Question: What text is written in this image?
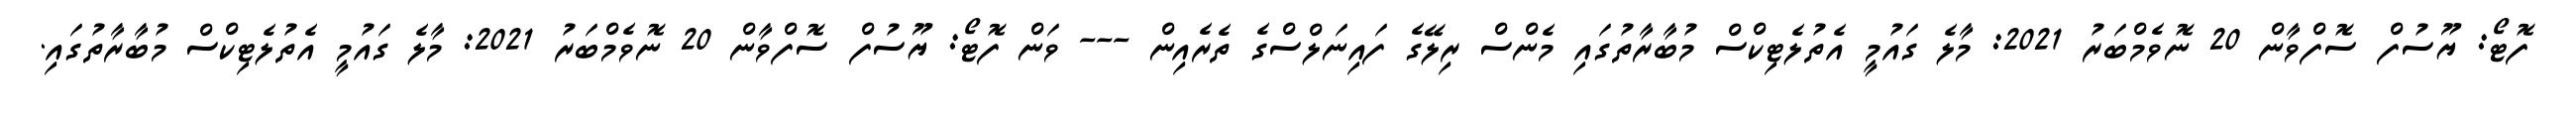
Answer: ފޮޓޯ: ޔޫސުފް ސޮފްވާން 20 ނޮވެމްބަރު 2021: މާލެ ގައުމީ އެތުލެޓިކްސް މުބާރާތުގައި މެންސް ރިލޭގެ ފައިނަލްސްގެ ތެރެއިން --- ވަން ފޮޓޯ: ޔޫސުފް ސޮފްވާން 20 ނޮވެމްބަރު 2021: މާލެ ގައުމީ އެތުލެޓިކްސް މުބާރާތުގައި.